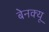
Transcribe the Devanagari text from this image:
बेनक्यू